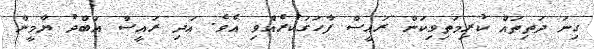
ގިނަ ދަތިތައް ކުރިމަތިވިކަން ރައީސް ފާހަގަކުރެއްވި އެވެ. އަދި ރައީސް އަބްދު ޔާމީން